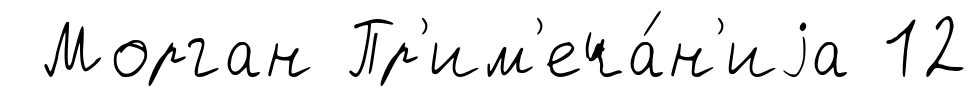
Морган Пр'им'еча́н'иjа 12